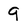
Character: 9